Cholera in southern India
Disease focus: Cholera
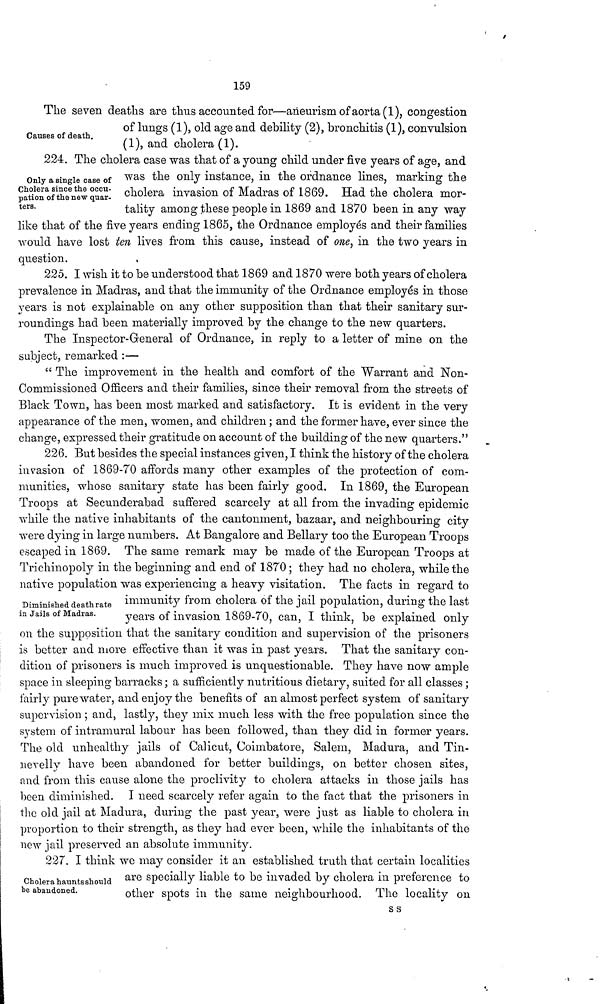
159
Causes of death.
The seven deaths are thus accounted for—aneurism of aorta (1), congestion
of lungs (1), old age and debility (2), bronchitis (1), convulsion
(1), and cholera (1).
Only a single case of
Cholera since the occu-
pation of the new quar-
ters.
224. The cholera case was that of a young child under five years of age, and
was the only instance, in the ordnance lines, marking the
cholera invasion of Madras of 1869. Had the cholera mor-
tality among these people in 1869 and 1870 been in any way
like that of the five years ending 1865, the Ordnance employés and their families
would have lost ten lives from this cause, instead of one, in the two years in
question.
225. I wish it to be understood that 1869 and 1870 were both years of cholera
prevalence in Madras, and that the immunity of the Ordnance employés in those
years is not explainable on any other supposition than that their sanitary sur-
roundings had been materially improved by the change to the new quarters.
The Inspector-General of Ordnance, in reply to a letter of mine on the
subject, remarked :—
" The improvement in the health and comfort of the "Warrant and Non-
Commissioned Officers and their families, since their removal from the streets of
Black Town, has been most marked and satisfactory. It is evident in the very
appearance of the men, women, and children ; and the former have, ever since the
change, expressed their gratitude on account of the building of the new quarters."
Diminished death rate
in Jails of Madras.
226. But besides the special instances given, I think the history of the cholera
invasion of 1869-70 affords many other examples of the protection of com-
munities, whose sanitary state has been fairly good. In 1869, the European
Troops at Secunderabad suffered scarcely at all from the invading epidemic
while the native inhabitants of the cantonment, bazaar, and neighbouring city
were dying in large numbers. At Bangalore and Bellary too the European Troops
escaped in 1869. The same remark may be made of the European Troops at
Trickinopoly in the beginning and end of 1870 ; they had no cholera, while the
native population was experiencing a heavy visitation. The facts in regard to
immunity from cholera of the jail population, during the last
years of invasion 1869-70, can, I think, be explained only
on the supposition that the sanitary condition and supervision of the prisoners
is better and more effective than it was in past years. That the sanitary con-
dition of prisoners is much improved is unquestionable. They have now ample
space in sleeping barracks ; a sufficiently nutritious dietary, suited for all classes ;
fairly pure water, and enjoy the benefits of an almost perfect system of sanitary
supervision ; and, lastly, they mix much less with the free population since the
system of intramural labour has been followed, than they did in former years.
The old unhealthy jails of Calicut, Coimbatore, Salem, Madura, and Tin-
nevelly have been abandoned for better buildings, on better chosen sites,
and from this cause alone the proclivity to cholera attacks in those jails has
been diminished. I need scarcely refer again to the fact that the prisoners in
the old jail at Madura, during the past year, were just as liable to cholera in
proportion to their strength, as they had ever been, while the inhabitants of the
new jail preserved an absolute immunity.
Cholera haunts should
be abandoned.
227. I think we may consider it an established truth that certain localities
are specially liable to be invaded by cholera in preference to
other spots in the same neighbourhood. The locality on
s s